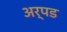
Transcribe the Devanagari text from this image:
अर्पड